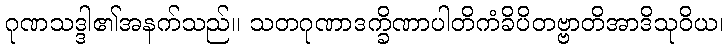
ဂုဏသဒ္ဒါ၏အနက်သည်။ သတဂုဏာဒက္ခိဏာပါတိကံခိပိတဗ္ဗာတိအာဒိသုဝိယ၊